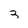
Character: 3